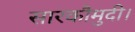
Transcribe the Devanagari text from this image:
सारकौमुदी।